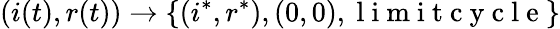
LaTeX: (i(t),r(t))\to\{ (i^{*},r^{*}),(0,0),\mathrm{~l~i~m~i~t~c~y~c~l~e~}\}